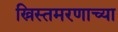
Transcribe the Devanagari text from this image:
ख्रिस्तमरणाच्या